Scottish Leaving Certificate Examination, 1958
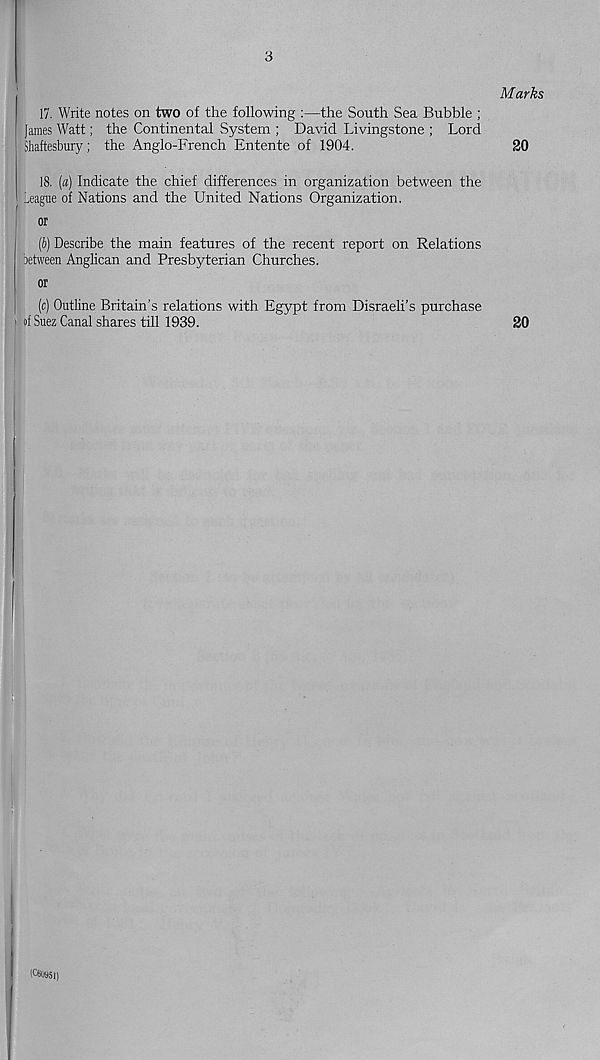
3
17. Write notes on two of the following :—the South Sea Bubble ;
fames Watt; the Continental System ; David Livingstone ; Lord
Shaftesbury; the Anglo-French Entente of 1904.
18. [a) Indicate the chief differences in organization between the
League of Nations and the United Nations Organization.
or
(b) Describe the main features of the recent report on Relations
between Anglican and Presbyterian Churches.
or
(c) Outline Britain’s relations with Egypt from Disraeli’s purchase
of Suez Canal shares till 1939.
20
Marks
20